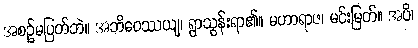
အစဉ်မပြတ်ဘဲ။ အဘိဝေဿယျ၊ ရွာသွန်းရာ၏။ မဟာရာဇ၊ မင်းမြတ်။ အပိ၊